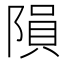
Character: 隕